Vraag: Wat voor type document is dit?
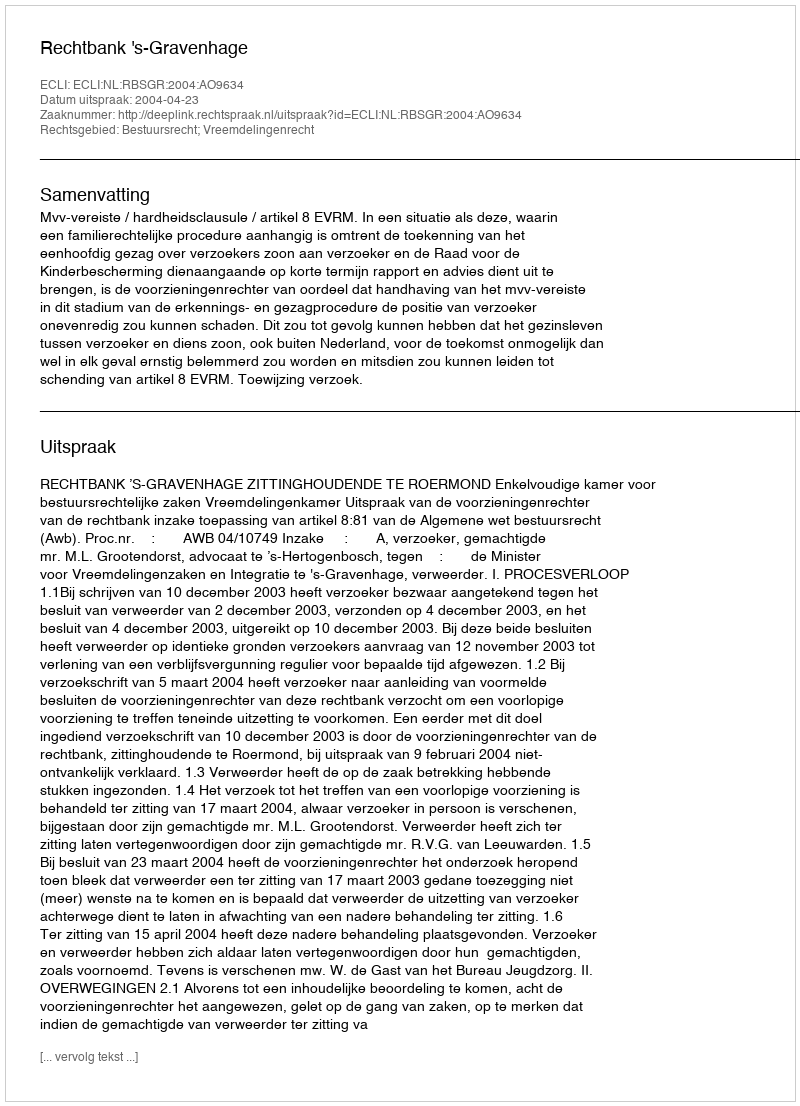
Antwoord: Uitspraak